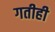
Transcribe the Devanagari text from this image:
गतीही